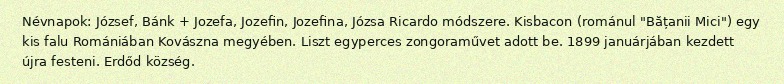
Névnapok: József, Bánk + Jozefa, Jozefin, Jozefina, Józsa Ricardo módszere. Kisbacon (románul "Bățanii Mici") egy kis falu Romániában Kovászna megyében. Liszt egyperces zongoraművet adott be. 1899 januárjában kezdett újra festeni. Erdőd község.